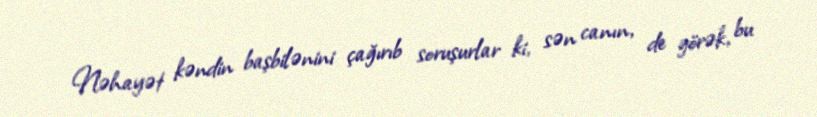
Nəhayət kəndin başbilənini çağırıb soruşurlar ki, sən canın, de görək, bu